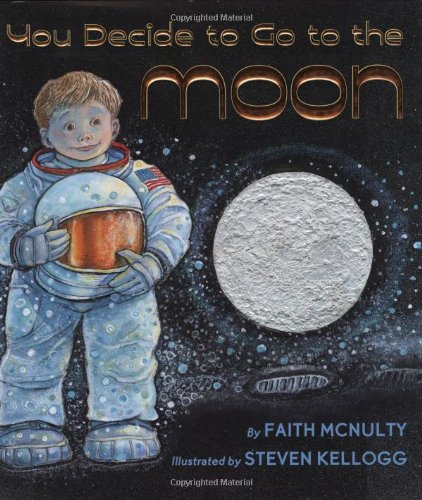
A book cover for If You Decide To Go To The Moon; Faith McNulty; Science & Math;